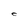
Character: C